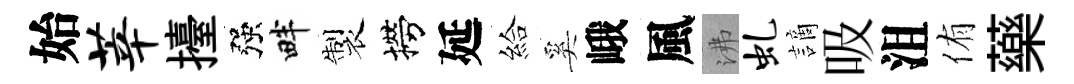
始莘擡强畔製撈延給奚峨風沸虬謫吸沮侑藥